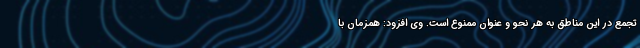
تجمع در این مناطق به هر نحو و عنوان ممنوع است. وی افزود: همزمان با